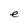
Character: e